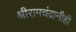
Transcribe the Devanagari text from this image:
श्रीरामचंद्रानीही